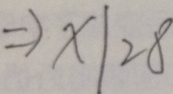
\Rightarrow x \vert 2 8